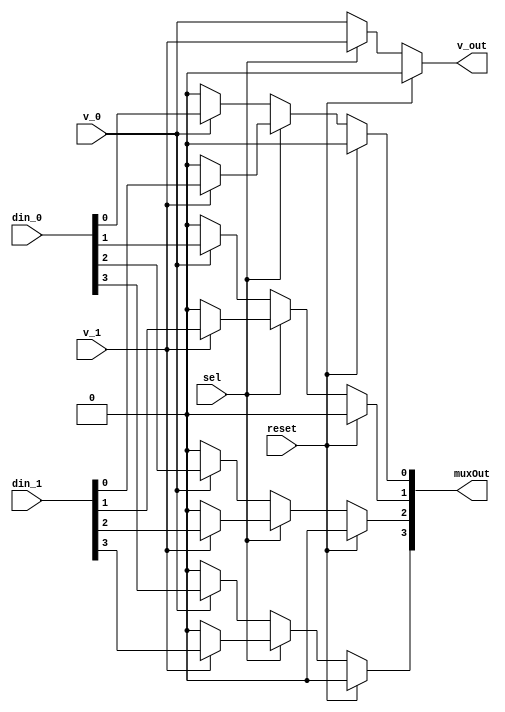
/* Generated by Yosys 0.7 (git sha1 61f6811, i686-w64-mingw32.static-gcc 4.9.3 -Os) */

(* top =  1  *)
(* src = "Mux.v:2" *)
module mux(sel, reset, din_0, v_0, din_1, v_1, muxOut, v_out);
  (* src = "Mux.v:13" *)
  wire [3:0] _00_;
  (* src = "Mux.v:13" *)
  wire _01_;
  (* src = "Mux.v:13" *)
  wire [3:0] _02_;
  (* src = "Mux.v:13" *)
  wire [3:0] _03_;
  (* src = "Mux.v:5" *)
  input [3:0] din_0;
  (* src = "Mux.v:7" *)
  input [3:0] din_1;
  (* src = "Mux.v:9" *)
  output [3:0] muxOut;
  (* src = "Mux.v:4" *)
  input reset;
  (* src = "Mux.v:3" *)
  input sel;
  (* src = "Mux.v:6" *)
  input v_0;
  (* src = "Mux.v:8" *)
  input v_1;
  (* src = "Mux.v:10" *)
  output v_out;
  assign _03_[0] = v_1 ? (* src = "Mux.v:33" *) din_1[0] : 1'b0;
  assign _03_[1] = v_1 ? (* src = "Mux.v:33" *) din_1[1] : 1'b0;
  assign _03_[2] = v_1 ? (* src = "Mux.v:33" *) din_1[2] : 1'b0;
  assign _03_[3] = v_1 ? (* src = "Mux.v:33" *) din_1[3] : 1'b0;
  assign _02_[0] = v_0 ? (* src = "Mux.v:21" *) din_0[0] : 1'b0;
  assign _02_[1] = v_0 ? (* src = "Mux.v:21" *) din_0[1] : 1'b0;
  assign _02_[2] = v_0 ? (* src = "Mux.v:21" *) din_0[2] : 1'b0;
  assign _02_[3] = v_0 ? (* src = "Mux.v:21" *) din_0[3] : 1'b0;
  assign _01_ = sel ? (* src = "Mux.v:19" *) v_1 : v_0;
  assign _00_[0] = sel ? (* src = "Mux.v:19" *) _03_[0] : _02_[0];
  assign _00_[1] = sel ? (* src = "Mux.v:19" *) _03_[1] : _02_[1];
  assign _00_[2] = sel ? (* src = "Mux.v:19" *) _03_[2] : _02_[2];
  assign _00_[3] = sel ? (* src = "Mux.v:19" *) _03_[3] : _02_[3];
  assign v_out = reset ? (* src = "Mux.v:17" *) 1'b0 : _01_;
  assign muxOut[0] = reset ? (* src = "Mux.v:17" *) 1'b0 : _00_[0];
  assign muxOut[1] = reset ? (* src = "Mux.v:17" *) 1'b0 : _00_[1];
  assign muxOut[2] = reset ? (* src = "Mux.v:17" *) 1'b0 : _00_[2];
  assign muxOut[3] = reset ? (* src = "Mux.v:17" *) 1'b0 : _00_[3];
endmodule